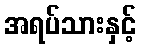
အရပ်သားနှင့်